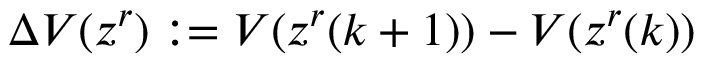
\Delta V ( z ^ { r } ) : = V ( z ^ { r } ( k + 1 ) ) - V ( z ^ { r } ( k ) )